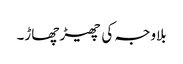
بلاوجہ کی چھیڑ چھاڑ۔